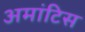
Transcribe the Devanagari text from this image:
अमांटिस